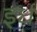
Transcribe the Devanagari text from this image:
इर्ध